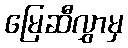
မြေဆီလွှာမှ